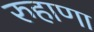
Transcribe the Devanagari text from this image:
रुहाणा